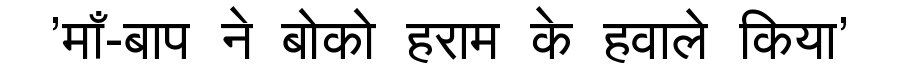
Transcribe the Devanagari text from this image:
'माँ-बाप ने बोको हराम के हवाले किया'